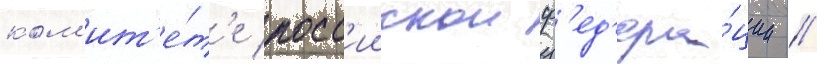
ком'ит'е́т'е росс'иискои ф'ед'ера́ции //